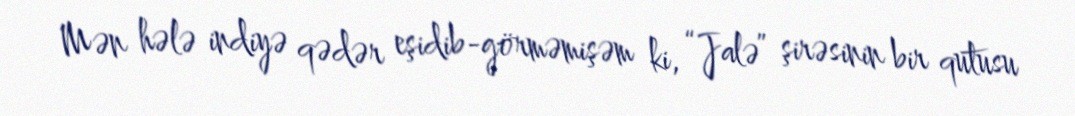
Mən hələ indiyə qədər eşidib-görməmişəm ki, “Jalə” şirəsinin bir qutusu